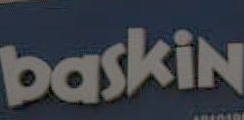
baskin